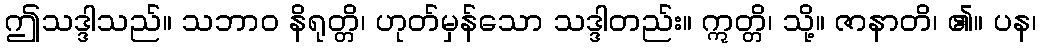
ဤသဒ္ဒါသည်။ သဘာဝ နိရုတ္တိ၊ ဟုတ်မှန်သော သဒ္ဒါတည်း။ ဣတ္တိ၊ သို့။ ဇာနာတိ၊ ၏။ ပန၊